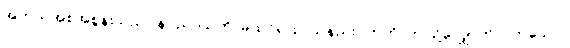
အဘယ်အစအစွန်းသည်။ နပညာယတိ၊ မထင်ရှားပါသနည်း။ ဣတိ၊ ဤသို့လျှောက်လတ်သော်။